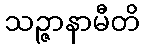
သဉ္ဇာနာမီတိ